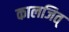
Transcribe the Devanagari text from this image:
कालजित्‌